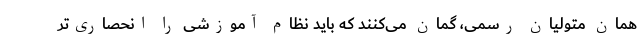
همان متولیان رسمی، گمان می‌کنند که باید نظام آموزشی را انحصاری‌تر